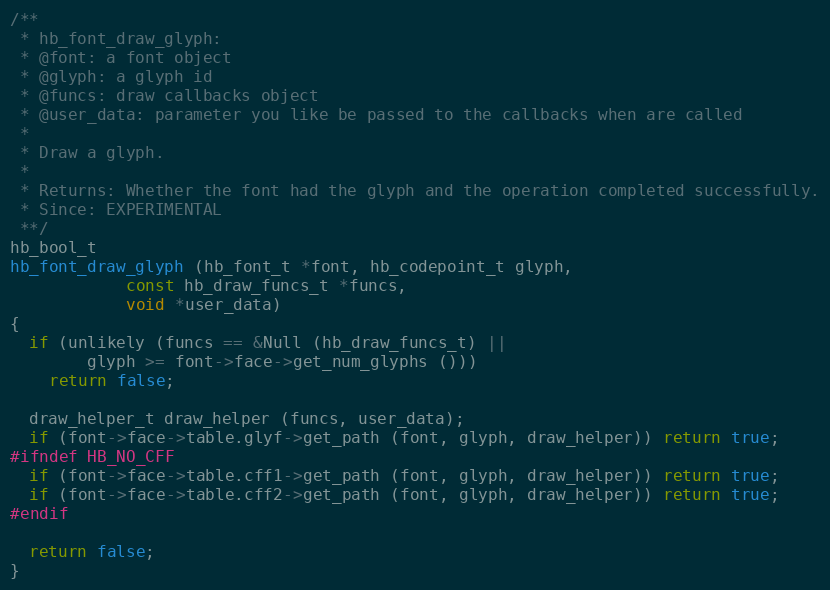
Language: C++
/**
 * hb_font_draw_glyph:
 * @font: a font object
 * @glyph: a glyph id
 * @funcs: draw callbacks object
 * @user_data: parameter you like be passed to the callbacks when are called
 *
 * Draw a glyph.
 *
 * Returns: Whether the font had the glyph and the operation completed successfully.
 * Since: EXPERIMENTAL
 **/
hb_bool_t
hb_font_draw_glyph (hb_font_t *font, hb_codepoint_t glyph,
		    const hb_draw_funcs_t *funcs,
		    void *user_data)
{
  if (unlikely (funcs == &Null (hb_draw_funcs_t) ||
		glyph >= font->face->get_num_glyphs ()))
    return false;

  draw_helper_t draw_helper (funcs, user_data);
  if (font->face->table.glyf->get_path (font, glyph, draw_helper)) return true;
#ifndef HB_NO_CFF
  if (font->face->table.cff1->get_path (font, glyph, draw_helper)) return true;
  if (font->face->table.cff2->get_path (font, glyph, draw_helper)) return true;
#endif

  return false;
}